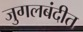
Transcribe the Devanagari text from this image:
जुगलबंदीत